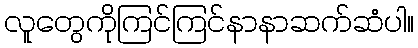
လူတွေကိုကြင်ကြင်နာနာဆက်ဆံပါ။